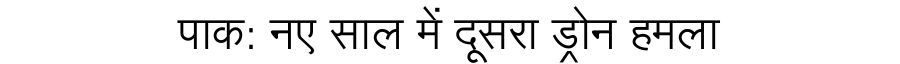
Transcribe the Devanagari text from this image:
पाक: नए साल में दूसरा ड्रोन हमला